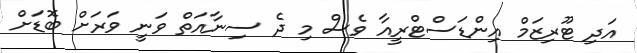
އަދި ޓޫރިޒަމް އިންޑަސްޓްރީއާ ވެސް މި ދެ ސިނާއަތް ވަނީ ވަރަށް ބޮޑަށް